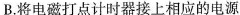
B.将电磁打点计时器接上相应的电源